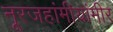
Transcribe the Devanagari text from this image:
नूरजहांमीयांमीर